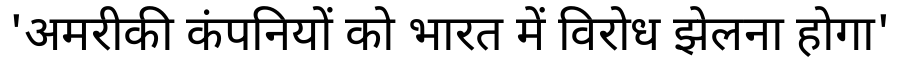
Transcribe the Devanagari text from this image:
'अमरीकी कंपनियों को भारत में विरोध झेलना होगा'